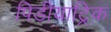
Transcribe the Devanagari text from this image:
पिडीयाट्रिक